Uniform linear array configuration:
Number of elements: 32
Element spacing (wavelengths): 0.75
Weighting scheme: uniform
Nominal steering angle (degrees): -45
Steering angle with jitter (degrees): -46.193
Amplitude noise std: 0.05
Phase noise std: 0.05

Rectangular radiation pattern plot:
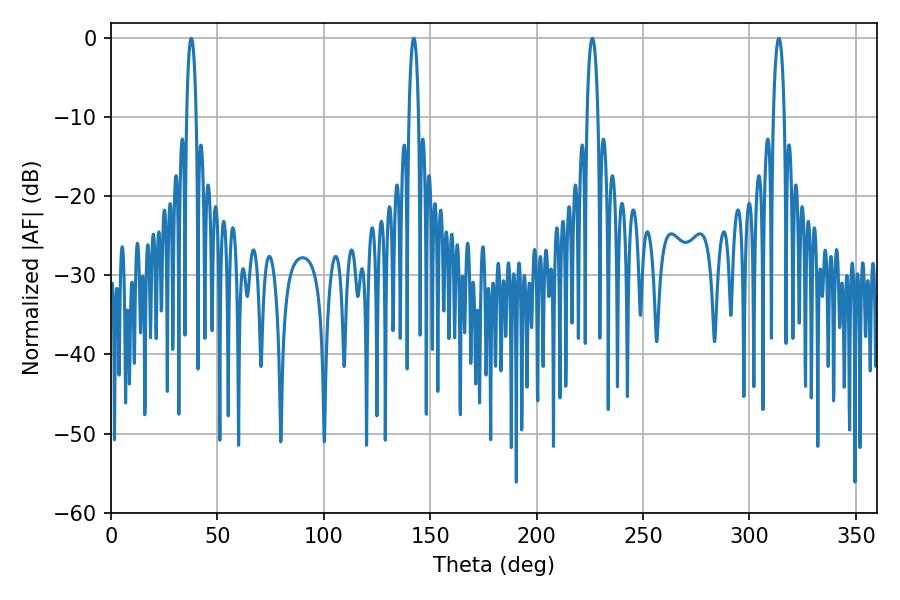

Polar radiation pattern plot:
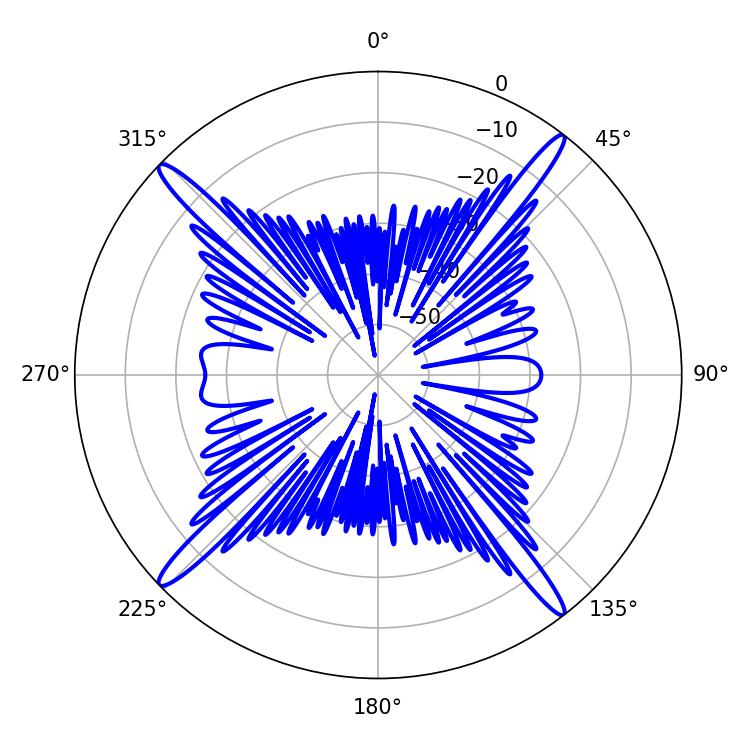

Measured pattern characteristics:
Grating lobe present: TRUE
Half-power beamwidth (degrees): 2.88
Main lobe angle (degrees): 313.74